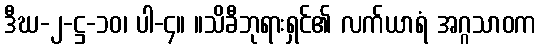
ဒီဃ-၂-ဋ္ဌ-၁၀၊ ပါ-၄။ ။သိခီဘုရားရှင်၏ လက်ယာရံ အဂ္ဂသာဝက